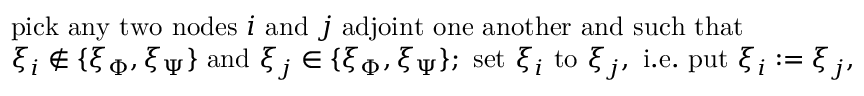
\begin{array} { l } { \mathrm { p i c k ~ a n y ~ t w o ~ n o d e s ~ } i \mathrm { ~ a n d ~ } j \mathrm { ~ a d j o i n t ~ o n e ~ a n o t h e r ~ a n d ~ s u c h ~ t h a t ~ } } \\ { \xi _ { i } \not \in \{ \xi _ { \Phi } , \xi _ { \Psi } \} \mathrm { ~ a n d ~ } \xi _ { j } \in \{ \xi _ { \Phi } , \xi _ { \Psi } \} ; \mathrm { ~ s e t ~ } \xi _ { i } \mathrm { ~ t o ~ } \xi _ { j } , \mathrm { ~ i . e . ~ p u t ~ } \xi _ { i } : = \xi _ { j } , } \end{array}